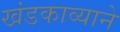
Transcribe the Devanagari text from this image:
खंडकाव्याने